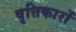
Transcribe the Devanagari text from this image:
वृत्तिकारों